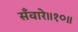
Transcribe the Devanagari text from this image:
सँवारे॥१०॥